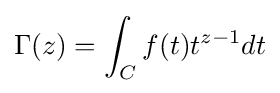
\Gamma (z)=\int _{C}f(t)t^{z-1}dt